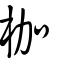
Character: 枷